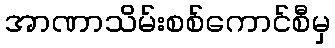
အာဏာသိမ်းစစ်ကောင်စီမှ